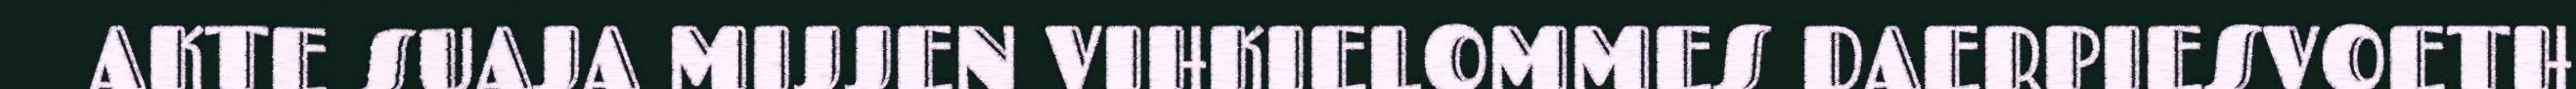
AKTE SUAJA MIJJEN VIHKIELOMMES DAERPIESVOETH